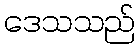
ဒေသသည်